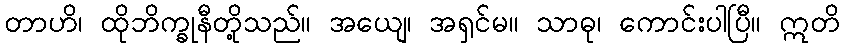
တာဟိ၊ ထိုဘိက္ခုနီတို့သည်။ အယျေ၊ အရှင်မ။ သာဓု၊ ကောင်းပါပြီ။ ဣတိ